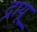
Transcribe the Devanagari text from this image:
द्रायू